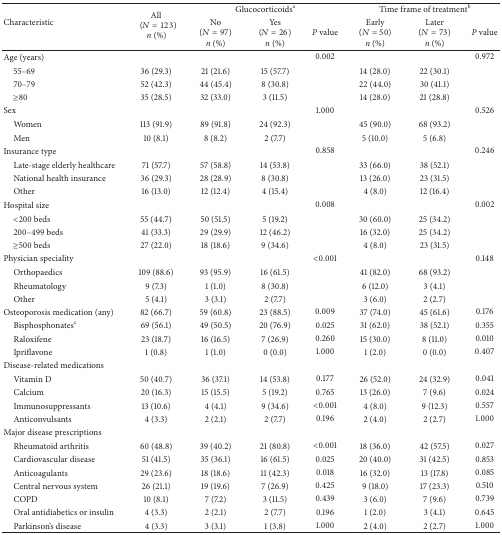
<table><thead><tr><td rowspan="2"><b>Characteristic</b></td><td rowspan="2"><b>All(<i>N</i> = 123) <i>n</i> (%)</b></td><td colspan="3"><b>Glucocorticoids<sup>a</sup></b></td><td colspan="3"><b>Time frame of treatment<sup>b</sup></b></td></tr><tr><td><b>No (<i>N</i> = 97) <i>n</i> (%)</b></td><td><b>Yes (<i>N</i> = 26) <i>n</i> (%)</b></td><td><b><i>P</i> value</b></td><td><b>Early (<i>N</i> = 50) <i>n</i> (%)</b></td><td><b>Later (<i>N</i> = 73) <i>n</i> (%)</b></td><td><b><i>P</i> value</b></td></tr></thead><tbody><tr><td>Age (years)</td><td>[EMPTY_CELL]</td><td>[EMPTY_CELL]</td><td>[EMPTY_CELL]</td><td>0.002</td><td>[EMPTY_CELL]</td><td>[EMPTY_CELL]</td><td>0.972</td></tr><tr><td> 55–69</td><td>36 (29.3)</td><td>21 (21.6)</td><td>15 (57.7)</td><td>[EMPTY_CELL]</td><td>14 (28.0)</td><td>22 (30.1)</td><td>[EMPTY_CELL]</td></tr><tr><td> 70–79</td><td>52 (42.3)</td><td>44 (45.4)</td><td>8 (30.8)</td><td>[EMPTY_CELL]</td><td>22 (44.0)</td><td>30 (41.1)</td><td>[EMPTY_CELL]</td></tr><tr><td> ≥80</td><td>35 (28.5)</td><td>32 (33.0)</td><td>3 (11.5)</td><td>[EMPTY_CELL]</td><td>14 (28.0)</td><td>21 (28.8)</td><td>[EMPTY_CELL]</td></tr><tr><td>Sex</td><td>[EMPTY_CELL]</td><td>[EMPTY_CELL]</td><td>[EMPTY_CELL]</td><td>1.000</td><td>[EMPTY_CELL]</td><td>[EMPTY_CELL]</td><td>0.526</td></tr><tr><td> Women</td><td>113 (91.9)</td><td>89 (91.8)</td><td>24 (92.3)</td><td>[EMPTY_CELL]</td><td>45 (90.0)</td><td>68 (93.2)</td><td>[EMPTY_CELL]</td></tr><tr><td> Men</td><td>10 (8.1)</td><td>8 (8.2)</td><td>2 (7.7)</td><td>[EMPTY_CELL]</td><td>5 (10.0)</td><td>5 (6.8)</td><td>[EMPTY_CELL]</td></tr><tr><td>Insurance type </td><td>[EMPTY_CELL]</td><td>[EMPTY_CELL]</td><td>[EMPTY_CELL]</td><td>0.858</td><td>[EMPTY_CELL]</td><td>[EMPTY_CELL]</td><td>0.246</td></tr><tr><td> Late-stage elderly healthcare</td><td>71 (57.7)</td><td>57 (58.8)</td><td>14 (53.8)</td><td>[EMPTY_CELL]</td><td>33 (66.0)</td><td>38 (52.1)</td><td>[EMPTY_CELL]</td></tr><tr><td> National health insurance</td><td>36 (29.3)</td><td>28 (28.9)</td><td>8 (30.8)</td><td>[EMPTY_CELL]</td><td>13 (26.0)</td><td>23 (31.5)</td><td>[EMPTY_CELL]</td></tr><tr><td> Other</td><td>16 (13.0)</td><td>12 (12.4)</td><td>4 (15.4)</td><td>[EMPTY_CELL]</td><td>4 (8.0)</td><td>12 (16.4)</td><td>[EMPTY_CELL]</td></tr><tr><td>Hospital size</td><td>[EMPTY_CELL]</td><td>[EMPTY_CELL]</td><td>[EMPTY_CELL]</td><td>0.008</td><td>[EMPTY_CELL]</td><td>[EMPTY_CELL]</td><td>0.002</td></tr><tr><td> &lt;200 beds</td><td>55 (44.7)</td><td>50 (51.5)</td><td>5 (19.2)</td><td>[EMPTY_CELL]</td><td>30 (60.0)</td><td>25 (34.2)</td><td>[EMPTY_CELL]</td></tr><tr><td> 200–499 beds</td><td>41 (33.3)</td><td>29 (29.9)</td><td>12 (46.2)</td><td>[EMPTY_CELL]</td><td>16 (32.0)</td><td>25 (34.2)</td><td>[EMPTY_CELL]</td></tr><tr><td> ≥500 beds</td><td>27 (22.0)</td><td>18 (18.6)</td><td>9 (34.6)</td><td>[EMPTY_CELL]</td><td>4 (8.0)</td><td>23 (31.5)</td><td>[EMPTY_CELL]</td></tr><tr><td>Physician speciality</td><td>[EMPTY_CELL]</td><td>[EMPTY_CELL]</td><td>[EMPTY_CELL]</td><td>&lt;0.001</td><td>[EMPTY_CELL]</td><td>[EMPTY_CELL]</td><td> 0.148</td></tr><tr><td> Orthopaedics</td><td>109 (88.6)</td><td>93 (95.9)</td><td>16 (61.5)</td><td>[EMPTY_CELL]</td><td>41 (82.0)</td><td>68 (93.2)</td><td>[EMPTY_CELL]</td></tr><tr><td> Rheumatology</td><td>9 (7.3)</td><td>1 (1.0)</td><td>8 (30.8)</td><td>[EMPTY_CELL]</td><td>6 (12.0)</td><td>3 (4.1)</td><td>[EMPTY_CELL]</td></tr><tr><td> Other</td><td>5 (4.1)</td><td>3 (3.1)</td><td>2 (7.7)</td><td>[EMPTY_CELL]</td><td>3 (6.0)</td><td>2 (2.7)</td><td>[EMPTY_CELL]</td></tr><tr><td>Osteoporosis medication (any)</td><td>82 (66.7)</td><td>59 (60.8)</td><td>23 (88.5)</td><td>0.009</td><td>37 (74.0)</td><td>45 (61.6)</td><td>0.176</td></tr><tr><td> Bisphosphonates<sup>c</sup></td><td>69 (56.1)</td><td>49 (50.5)</td><td>20 (76.9)</td><td>0.025</td><td>31 (62.0)</td><td>38 (52.1)</td><td>0.355</td></tr><tr><td> Raloxifene</td><td>23 (18.7)</td><td>16 (16.5)</td><td>7 (26.9)</td><td>0.260</td><td>15 (30.0)</td><td>8 (11.0)</td><td>0.010</td></tr><tr><td> Ipriflavone</td><td>1 (0.8)</td><td>1 (1.0)</td><td>0 (0.0)</td><td>1.000</td><td>1 (2.0)</td><td>0 (0.0)</td><td>0.407</td></tr><tr><td>Disease-related medications</td><td>[EMPTY_CELL]</td><td>[EMPTY_CELL]</td><td>[EMPTY_CELL]</td><td>[EMPTY_CELL]</td><td>[EMPTY_CELL]</td><td>[EMPTY_CELL]</td><td>[EMPTY_CELL]</td></tr><tr><td> Vitamin D</td><td>50 (40.7)</td><td>36 (37.1)</td><td>14 (53.8)</td><td>0.177</td><td>26 (52.0)</td><td>24 (32.9)</td><td>0.041</td></tr><tr><td> Calcium</td><td>20 (16.3)</td><td>15 (15.5)</td><td>5 (19.2)</td><td>0.765</td><td>13 (26.0)</td><td>7 (9.6)</td><td>0.024</td></tr><tr><td> Immunosuppressants</td><td>13 (10.6)</td><td>4 (4.1)</td><td>9 (34.6)</td><td>&lt;0.001</td><td>4 (8.0)</td><td>9 (12.3)</td><td>0.557</td></tr><tr><td> Anticonvulsants</td><td>4 (3.3)</td><td>2 (2.1)</td><td>2 (7.7)</td><td>0.196</td><td>2 (4.0)</td><td>2 (2.7)</td><td>1.000</td></tr><tr><td>Major disease prescriptions</td><td>[EMPTY_CELL]</td><td>[EMPTY_CELL]</td><td>[EMPTY_CELL]</td><td>[EMPTY_CELL]</td><td>[EMPTY_CELL]</td><td>[EMPTY_CELL]</td><td>[EMPTY_CELL]</td></tr><tr><td> Rheumatoid arthritis</td><td>60 (48.8)</td><td>39 (40.2)</td><td>21 (80.8)</td><td>&lt;0.001</td><td>18 (36.0)</td><td>42 (57.5)</td><td>0.027</td></tr><tr><td> Cardiovascular disease</td><td>51 (41.5)</td><td>35 (36.1)</td><td>16 (61.5)</td><td>0.025</td><td>20 (40.0)</td><td>31 (42.5)</td><td>0.853</td></tr><tr><td> Anticoagulants</td><td>29 (23.6)</td><td>18 (18.6)</td><td>11 (42.3)</td><td>0.018</td><td>16 (32.0)</td><td>13 (17.8)</td><td>0.085</td></tr><tr><td> Central nervous system </td><td>26 (21.1)</td><td>19 (19.6)</td><td>7 (26.9)</td><td>0.425</td><td>9 (18.0)</td><td>17 (23.3)</td><td>0.510</td></tr><tr><td> COPD</td><td>10 (8.1)</td><td>7 (7.2)</td><td>3 (11.5)</td><td>0.439</td><td>3 (6.0)</td><td>7 (9.6)</td><td>0.739</td></tr><tr><td> Oral antidiabetics or insulin</td><td>4 (3.3)</td><td>2 (2.1)</td><td>2 (7.7)</td><td>0.196</td><td>1 (2.0)</td><td>3 (4.1)</td><td>0.645</td></tr><tr><td> Parkinson's disease</td><td>4 (3.3)</td><td>3 (3.1)</td><td>1 (3.8)</td><td>1.000</td><td>2 (4.0)</td><td>2 (2.7)</td><td>1.000</td></tr></tbody></table>